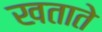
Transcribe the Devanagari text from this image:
खताते